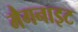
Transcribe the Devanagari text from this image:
मैगनाइट